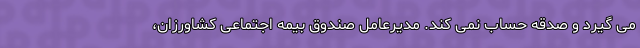
می گیرد و صدقه حساب نمی کند. مدیرعامل صندوق بیمه اجتماعی کشاورزان،